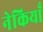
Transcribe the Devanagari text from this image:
नेकियाँ